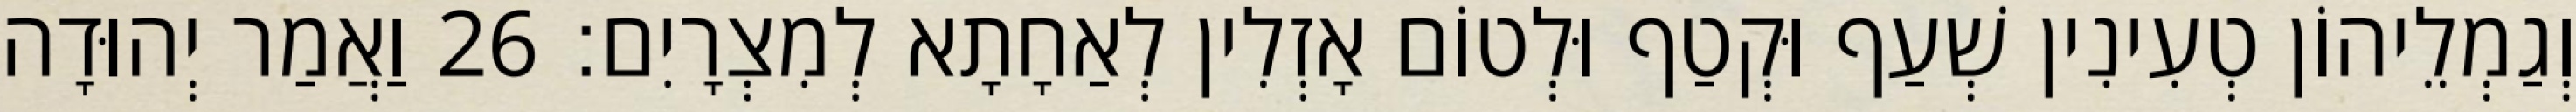
וְגַמְלֵיהוֹן טְעִינִין שְׁעַף וּקְטַף וּלְטוֹם אָזְלִין לְאַחָתָא לְמִצְרָיִם׃ 26 וַאֲמַר יְהוּדָה